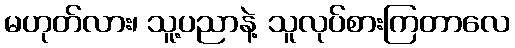
မဟုတ်လား၊ သူ့ပညာနဲ့ သူလုပ်စားကြတာလေ